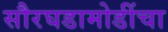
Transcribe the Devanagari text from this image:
सौरघडामोडींचा